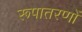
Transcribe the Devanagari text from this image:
रूपातरणों